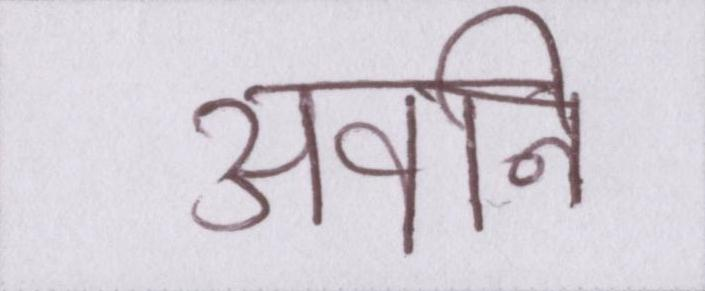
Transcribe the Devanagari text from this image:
अवनि